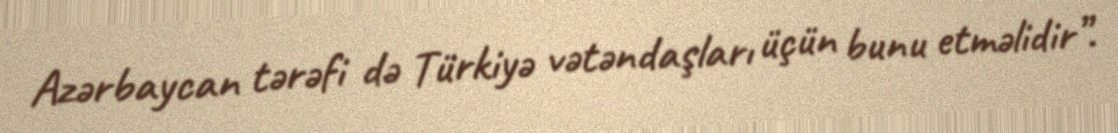
Azərbaycan tərəfi də Türkiyə vətəndaşları üçün bunu etməlidir”.